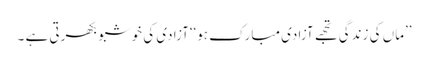
’’ماں کی زندگی تجھے آزادی مبارک ہو‘‘آزادی کی خوشبو بکھرتی ہے ۔